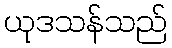
ယုဒသန်သည်